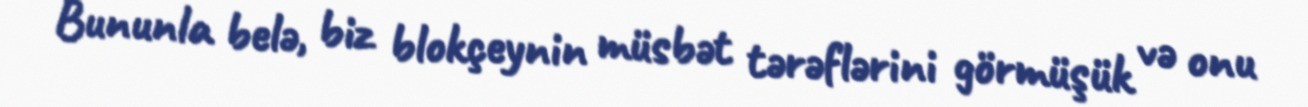
Bununla belə, biz blokçeynin müsbət tərəflərini görmüşük və onu